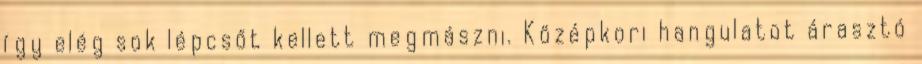
így elég sok lépcsőt kellett megmászni. Középkori hangulatot árasztó